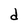
Character: d